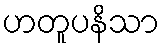
ဟတူပနိသာ